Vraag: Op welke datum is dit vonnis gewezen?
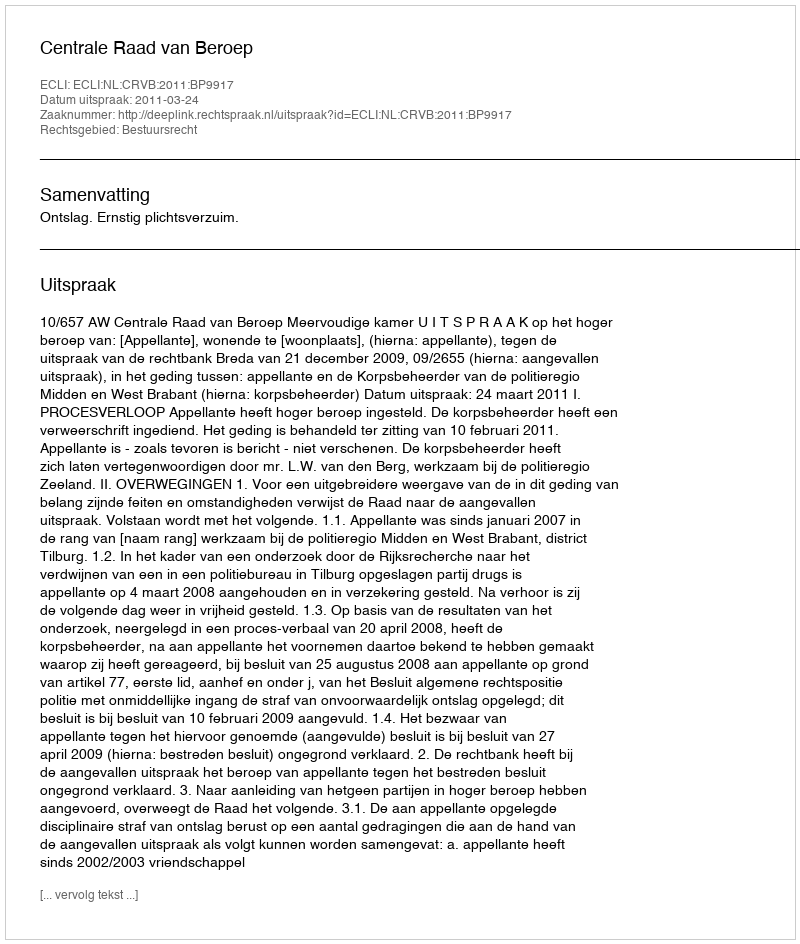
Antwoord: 2011-03-24